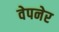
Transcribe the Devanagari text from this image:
वेपनेर